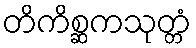
တိကိစ္ဆကသုတ္တံ